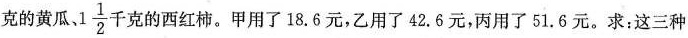
克的黄瓜、1 \frac{1}{2} 千克的西红柿。甲用了18.6元，乙用了42.6元，丙用了51.6元。求：这三种